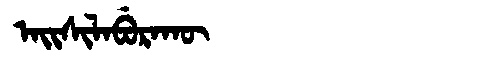
Manchu: ᠠᡳᠰᡳᠯᠠᠪᡠᡵᠠᡴᡡ
Romanization: AISILABURAKŪ